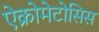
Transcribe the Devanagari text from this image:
ऐक्रोमेटोसिस